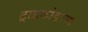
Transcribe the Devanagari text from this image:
ट्राइकोडरमा